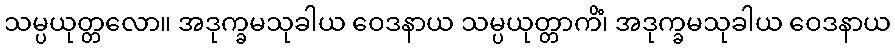
သမ္ပယုတ္တလော။ အဒုက္ခမသုခါယ ဝေဒနာယ သမ္ပယုတ္တာကိံ၊ အဒုက္ခမသုခါယ ဝေဒနာယ